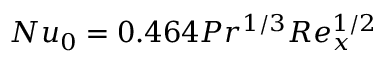
N u _ { 0 } = 0 . 4 6 4 P r ^ { 1 / 3 } R e _ { x } ^ { 1 / 2 }